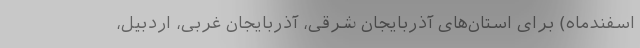
اسفندماه) برای استان‌های آذربایجان شرقی، آذربایجان غربی، اردبیل،